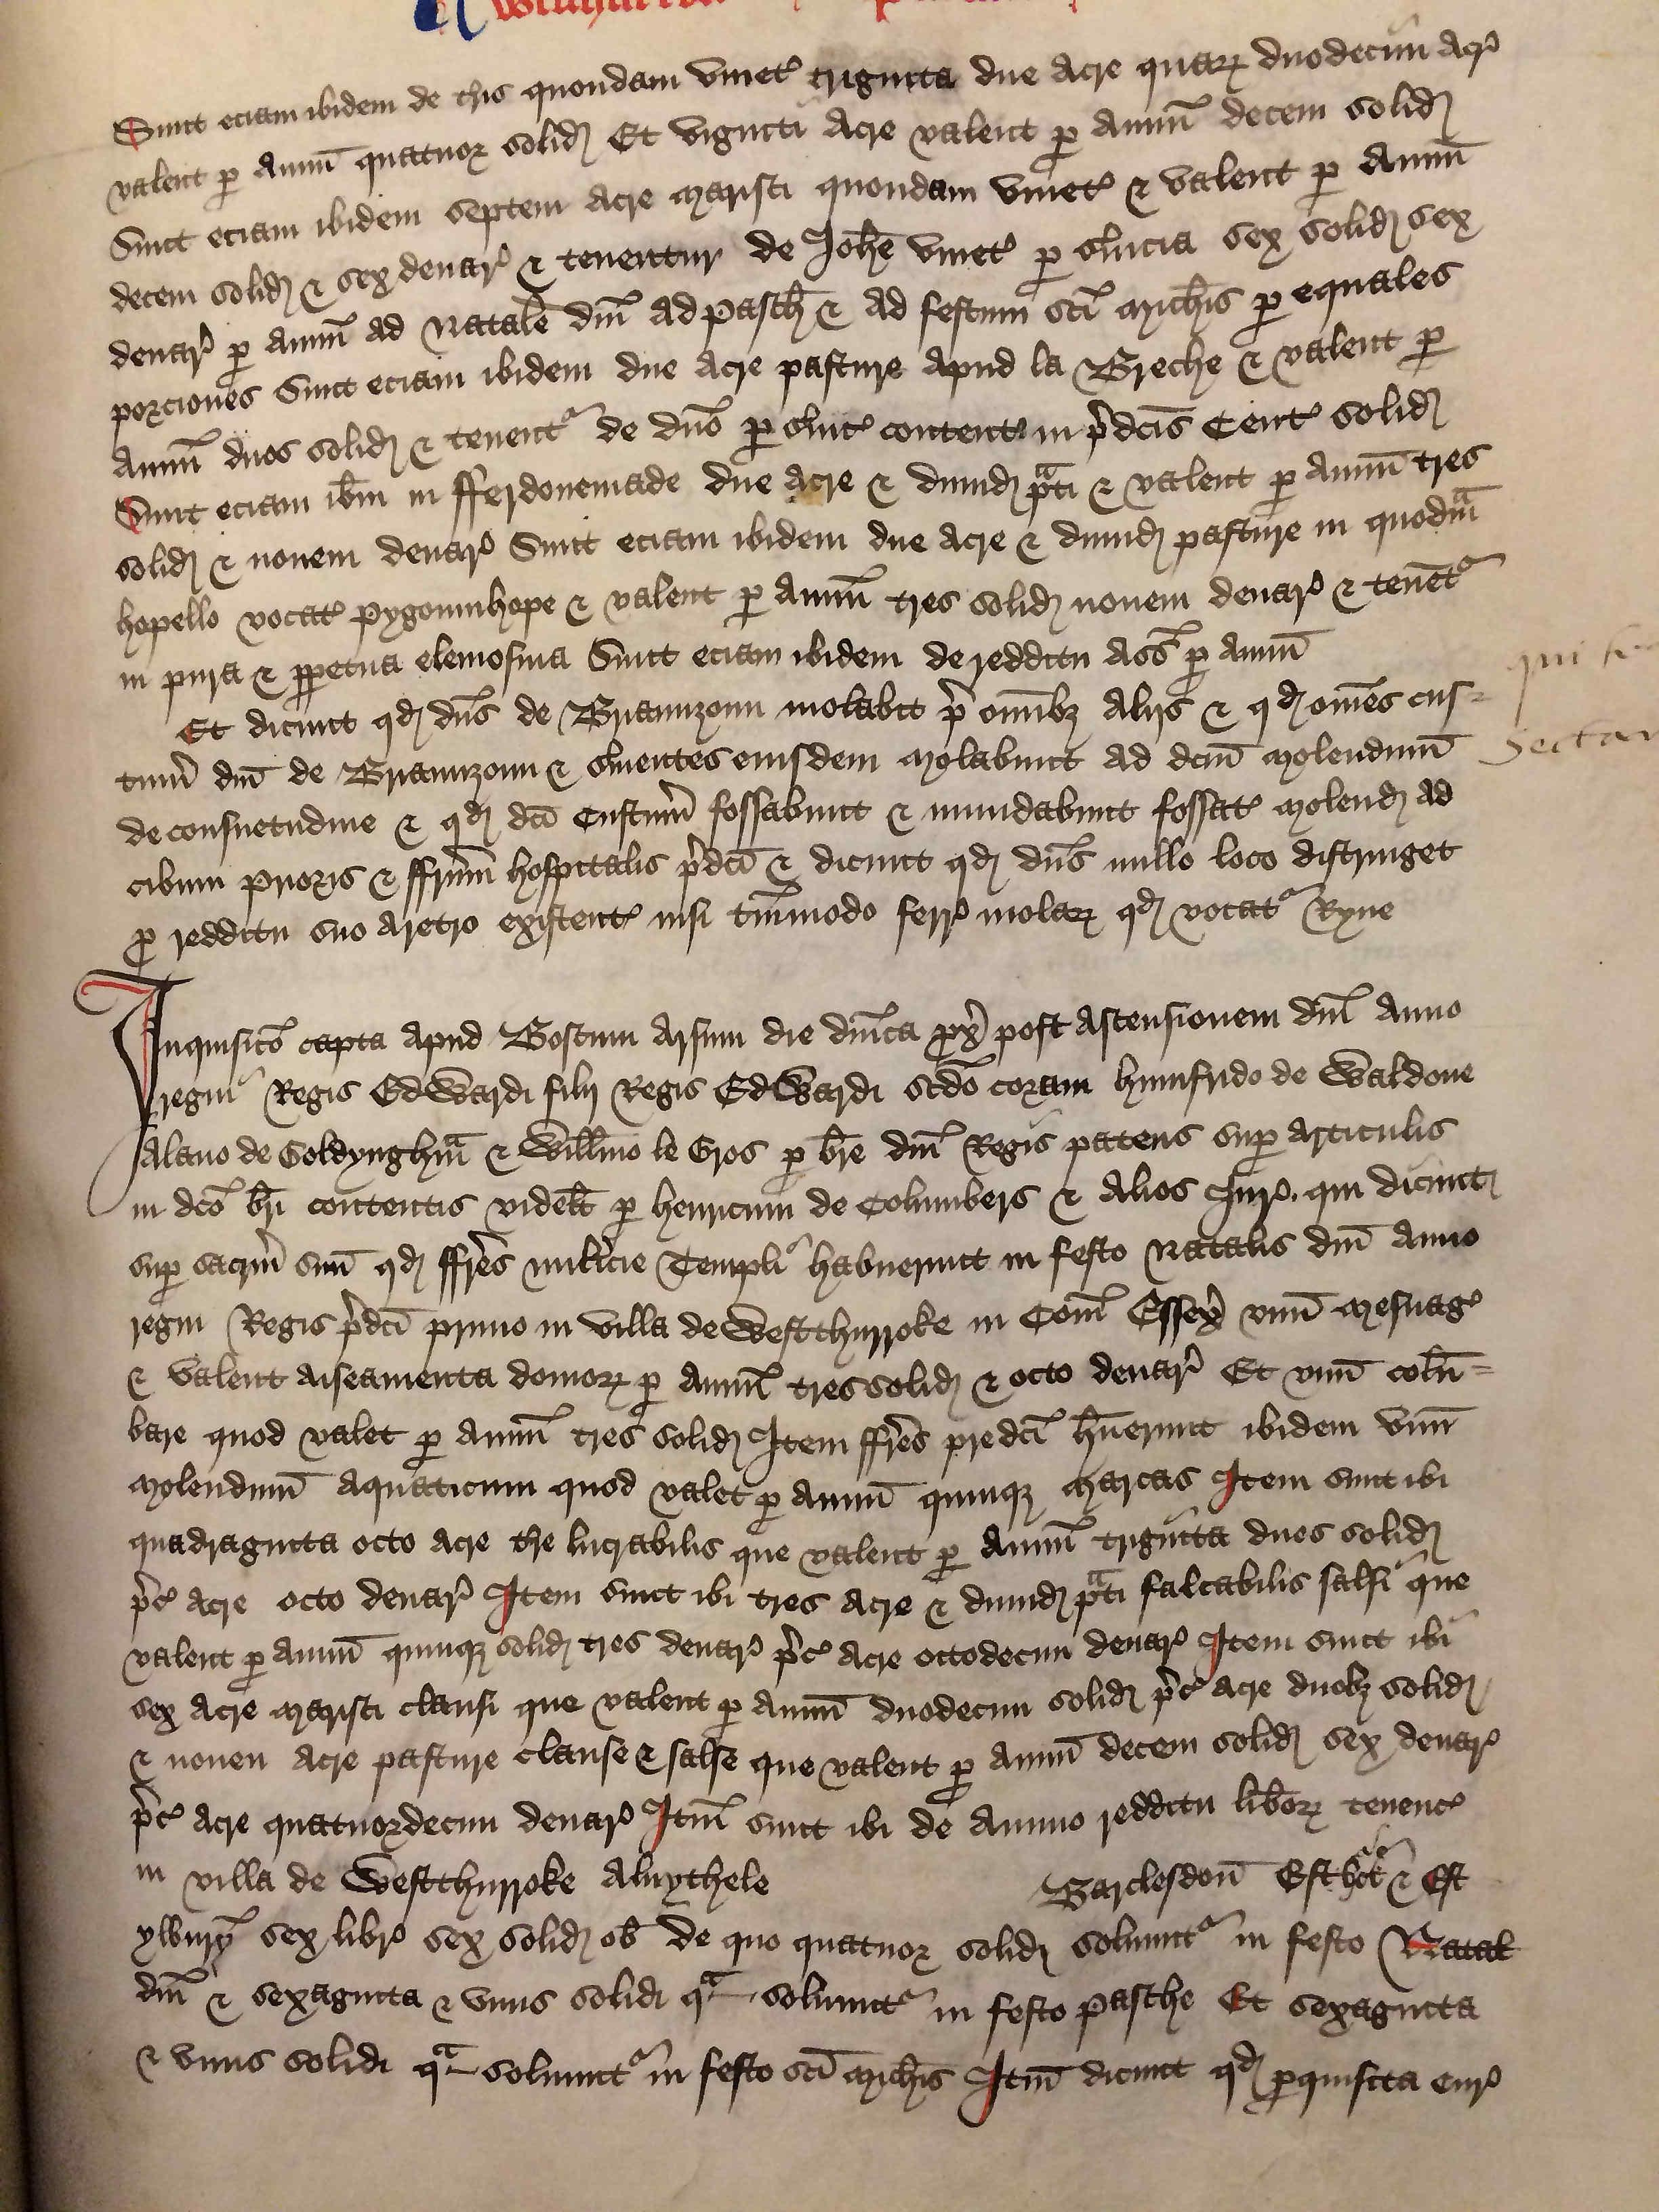
Shelfmark: London, British Library, Nero E VI
Century: 15